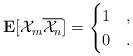
LaTeX: \begin{gather*}\mathbf{E}[\mathcal{X}_m \overline{\mathcal{X}_n}]=\begin{cases}1& ,\\0& . \end{cases}\end{gather*}